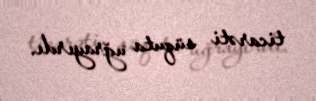
ticarəti süquta uğrayırdı.